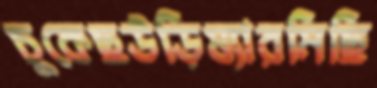
চুকেছউড়িষ্যারমিছি